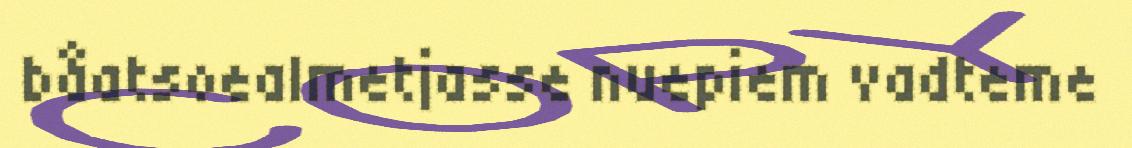
båatsoealmetjasse nuepiem vadteme